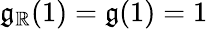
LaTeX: \mathfrak{g}_{\mathbb{{R}}}(1)=\mathfrak{g}(1)=1